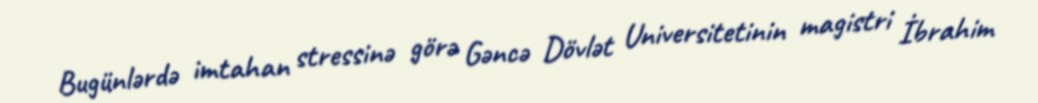
Bugünlərdə imtahan stressinə görə Gəncə Dövlət Universitetinin magistri İbrahim